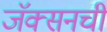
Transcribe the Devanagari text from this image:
जॅक्सनची